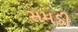
સમડી